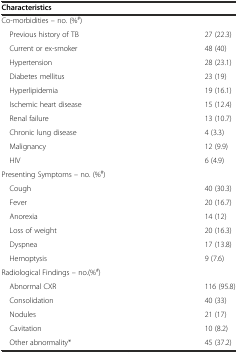
<table><thead><tr><td><b>Characteristics</b></td><td></td></tr></thead><tbody><tr><td>Co-morbidities - no. (%<sup>#</sup>)</td><td></td></tr><tr><td>Previous history of TB</td><td>27 (22.3)</td></tr><tr><td>Current or ex-smoker</td><td>48 (40)</td></tr><tr><td>Hypertension</td><td>28 (23.1)</td></tr><tr><td>Diabetes mellitus</td><td>23 (19)</td></tr><tr><td>Hyperlipidemia</td><td>19 (16.1)</td></tr><tr><td>Ischemic heart disease</td><td>15 (12.4)</td></tr><tr><td>Renal failure</td><td>13 (10.7)</td></tr><tr><td>Chronic lung disease</td><td>4 (3.3)</td></tr><tr><td>Malignancy</td><td>12 (9.9)</td></tr><tr><td>HIV</td><td>6 (4.9)</td></tr><tr><td>Presenting Symptoms - no. (%<sup>#</sup>)</td><td></td></tr><tr><td>Cough</td><td>40 (30.3)</td></tr><tr><td>Fever</td><td>20 (16.7)</td></tr><tr><td>Anorexia</td><td>14 (12)</td></tr><tr><td>Loss of weight</td><td>20 (16.3)</td></tr><tr><td>Dyspnea</td><td>17 (13.8)</td></tr><tr><td>Hemoptysis</td><td>9 (7.6)</td></tr><tr><td>Radiological Findings - no.(%<sup>#</sup>)</td><td></td></tr><tr><td>Abnormal CXR</td><td>116 (95.8)</td></tr><tr><td>Consolidation</td><td>40 (33)</td></tr><tr><td>Nodules</td><td>21 (17)</td></tr><tr><td>Cavitation</td><td>10 (8.2)</td></tr><tr><td>Other abnormality*</td><td>45 (37.2)</td></tr></tbody></table>